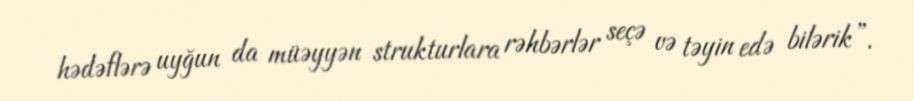
hədəflərə uyğun da müəyyən strukturlara rəhbərlər seçə və təyin edə bilərik”.